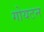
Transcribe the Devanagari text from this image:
गोयटन